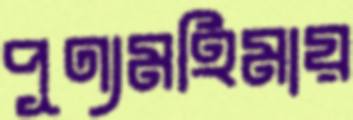
পূণ্যমহিমায়